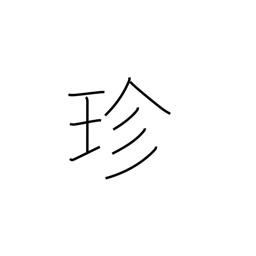
Meaning: curious